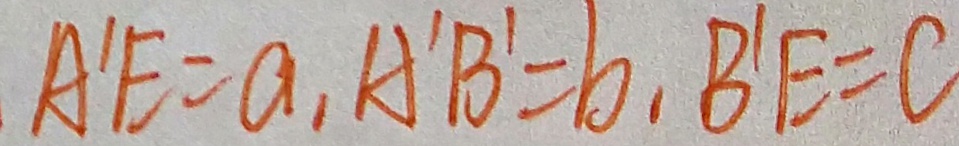
A ^ { \prime } E = a , A ^ { \prime } B ^ { \prime } = b , B ^ { \prime } E = C